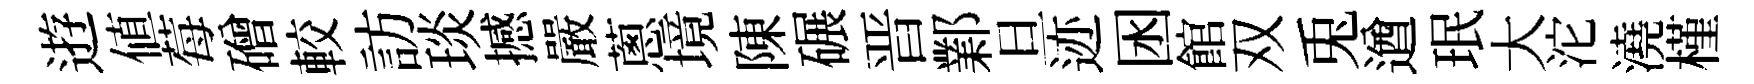
逰值莓磳較訪琰撼嚴蔥境陳碾晋鄴旦迹囦館双兎遒珉大沱澆槿